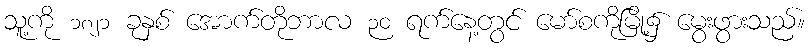
သူ့ကို ၁၈၂၁ ခုနှစ် အောက်တိုဘာလ ၃၀ ရက်နေ့တွင် မော်စကိုမြို့၌ မွေးဖွားသည်။